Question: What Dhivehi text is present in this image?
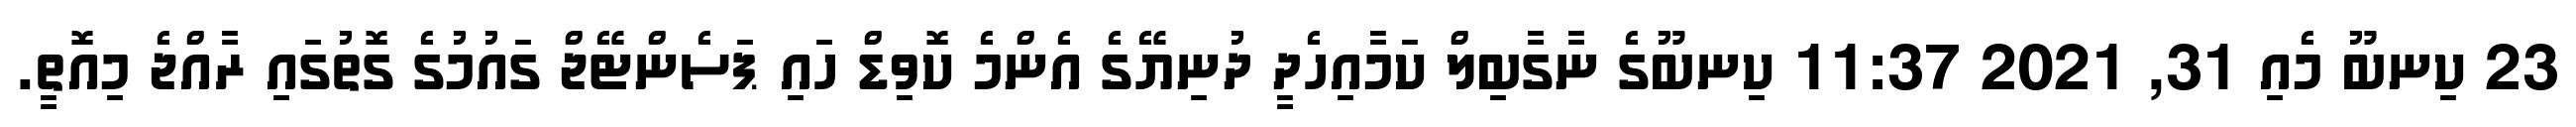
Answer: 23 ކިނބޫ މެއި 31, 2021 11:37 ކިނބޫގެ ނާގާބިލް ކަމާއިހެދީ ދުނިޔޭގެ އެންމެ ކޮވިޑް ހައި ޕަސެންޓޭޖް ގައުމުގެ ގޮތުގައި ރާއްޖެ މިއޮތީ.